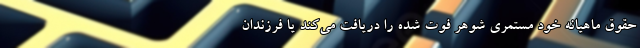
حقوق ماهیانه خود مستمری شوهر فوت شده را دریافت می‌کند یا فرزندان